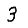
Digit: 3